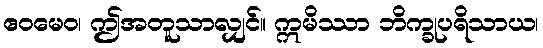
ဧဝမေဝ၊ ဤအတူသာလျှင်။ ဣမိဿာ ဘိက္ခုပရိသာယ၊